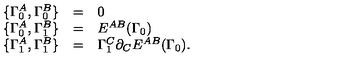
\begin{array} { r c l } { \{ \Gamma _ { 0 } ^ { A } , \Gamma _ { 0 } ^ { B } \} } & { = } & { 0 } \\ { \{ \Gamma _ { 0 } ^ { A } , \Gamma _ { 1 } ^ { B } \} } & { = } & { E ^ { A B } ( \Gamma _ { 0 } ) } \\ { \{ \Gamma _ { 1 } ^ { A } , \Gamma _ { 1 } ^ { B } \} } & { = } & { \Gamma _ { 1 } ^ { C } \partial _ { C } E ^ { A B } ( \Gamma _ { 0 } ) . } \\ \end{array}